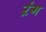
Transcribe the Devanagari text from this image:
ऱंग